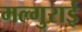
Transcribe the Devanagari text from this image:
मल्गुराई